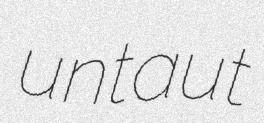
untaut